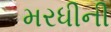
મરધીની